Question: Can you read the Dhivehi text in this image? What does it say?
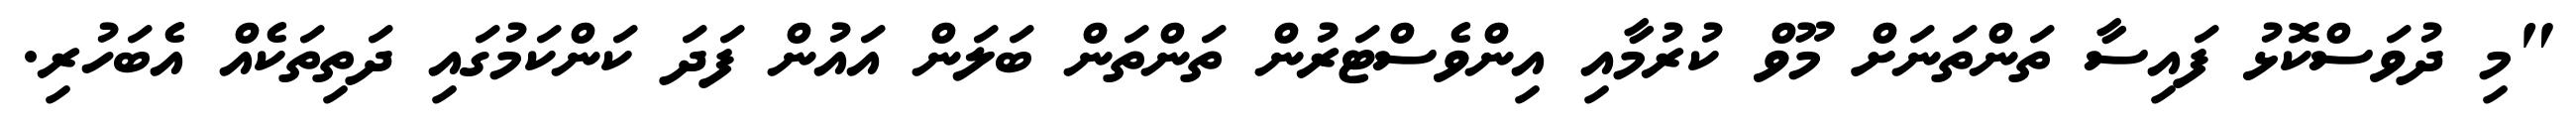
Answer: "މި ދުވަސްކޮޅު ފައިސާ ތަންތަނަށް މޫވް ކުރުމާއި އިންވެސްޓަރުން ތަންތަން ބަލަން އައުން ފަދަ ކަންކަމުގައި ދަތިތަކެއް އެބަހުރި.